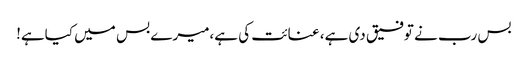
بس رب نے توفیق دی ہے، عنائت کی ہے،میرے بس میں کیاہے!